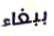
ببغاء